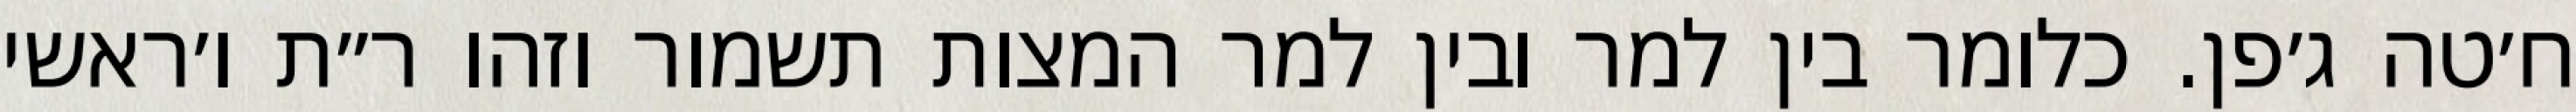
ח׳טה ג׳פן. כלומר בין למר ובין למר המצות תשמור וזהו ר״ת ו׳ראשי